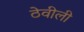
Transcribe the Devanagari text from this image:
ठेवीली